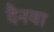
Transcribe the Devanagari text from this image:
दैनवा